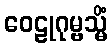
ဝေဠုဂုမ္ဗသ္မိံ